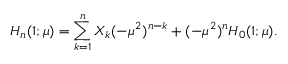
H _ { n } ( 1 ; \mu ) = \sum _ { k = 1 } ^ { n } X _ { k } ( - \mu ^ { 2 } ) ^ { n - k } + ( - \mu ^ { 2 } ) ^ { n } H _ { 0 } ( 1 ; \mu ) .